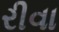
રીવા